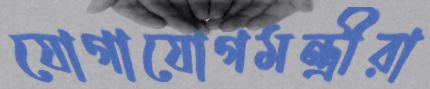
যোগাযোগমন্ত্রীরা